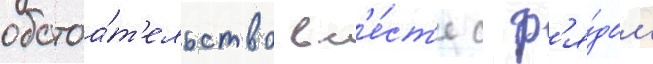
обстоа́т'ельство вм'е́ст'е с р'я́дом